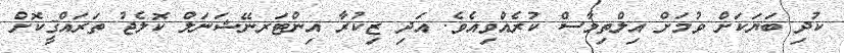
ކުދި ބަޔަކަށް ވުމަށް އިލްތިމާސް ކުރެއްވިއެވެ. އަދި ޒިކުރާ އިންޓަރނޭޝަނަލް ކޮލެޖު ތަރައްޤީކޮށް